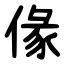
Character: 㑰